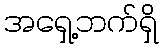
အရှေ့ဘက်ရှိ